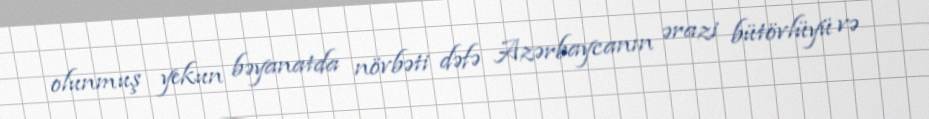
olunmuş yekun bəyanatda növbəti dəfə Azərbaycanın ərazi bütövlüyü və